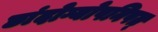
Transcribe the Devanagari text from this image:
छांदोग्योपनिषत्